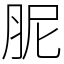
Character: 胒